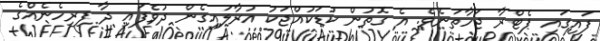
ފައިގައި ޕެޓްރާ ޖަހާތަނެވެ. އެ ގޮތުން ކުޑަކުއްޖަކު އުރާލައިގެން ދުވެފައި ދާ ފިރިހެނެއްގެ